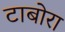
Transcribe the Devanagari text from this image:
टाबोरा